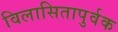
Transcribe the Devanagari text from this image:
विलासितापुर्वक